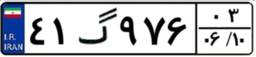
۴۱گ۹۷۶۰۳